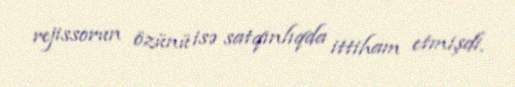
rejissorun özünü isə satqınlıqda ittiham etmişdi.